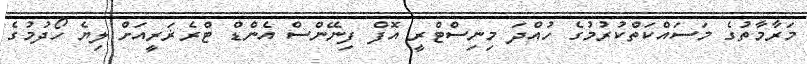
މަރާމާތުގެ މަސައްކަތްކުރުމުގެ ހުއްދަ މިނިސްޓްރީ އޮފް ފިނޭންސް އެންޑް ޓްރެޜަރީއަށް ލިޔެ ހޯދުމުގެ